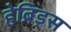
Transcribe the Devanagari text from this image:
हेब्रिड्स